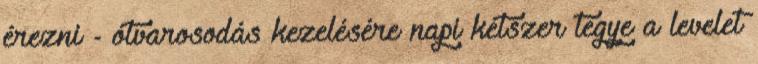
érezni - ótvarosodás kezelésére napi kétszer tegye a levelet